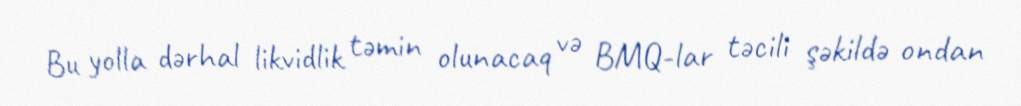
Bu yolla dərhal likvidlik təmin olunacaq və BMQ-lar təcili şəkildə ondan